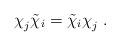
LaTeX: \begin{align*}\chi_j^{}\tilde\chi_i=\tilde\chi_i\chi_j^{}\;.\end{align*}